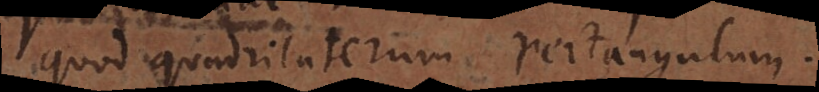
quod quadrilaterum rectangulum.